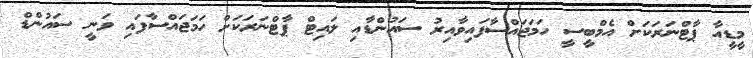
މީޑީއާ ޕާޓްނަރަކަށް އެމްބީސީ ހަމަޖައްސާފައިވާއިރު ސައުންޑާއި ލައިޓް ޕާޓްނަރަކަށް ހަމަޖައްސާފައި ވަނީ ސައުންޑް